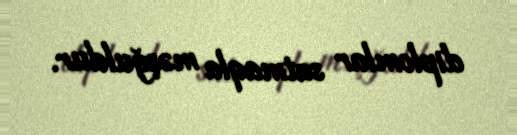
diplomlar satmaqla məşğuldur.